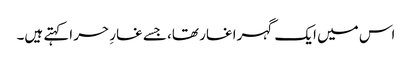
اس میں ایک گہرا غار تھا، جسے غارِ حر اکہتے ہیں۔